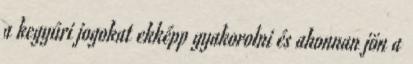
a kegyúri jogokat ekképp gyakorolni és ahonnan jön a